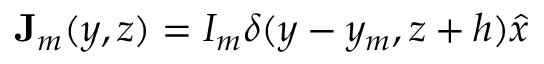
\mathbf { J } _ { m } ( y , z ) = I _ { m } \delta ( y - y _ { m } , z + h ) \hat { x }